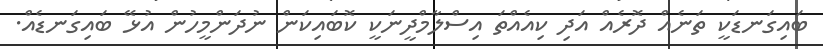
ބައިގަނޑަކީ ތަނެއް ދޮރެއް އަދި ކިއެއްތަ އިސްލާމްދީނަކީ ކޮބައިކަން ނުދަންމީހުން އުޅޭ ބައިގަނޑެއް.